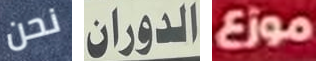
نحن الدوران موزع